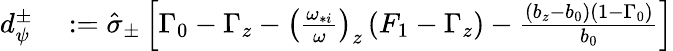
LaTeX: \begin{array}{rl}{d_{\psi}^{\pm}}&{{}:=\hat{\sigma}_{\pm}\left[\Gamma_{0}-\Gamma_{z}-\left(\frac{\omega_{*i}}{\omega}\right)_{z}\left(F_{1}-\Gamma_{z}\right)-\frac{\left(b_{z}-b_{0}\right)\left(1-\Gamma_{0}\right)}{b_{0}}\right]}\end{array}